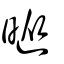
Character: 暰